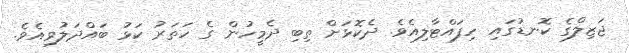
ޖަޒިލްގެ ކޮނޑުގައި ހިފައްޓާލިއެވެ. ދެކޮޅަށް ތިބި ދެމީހުން ގެ ހަތަރު ކަޅު ބައްދަލުވިއެވެ.